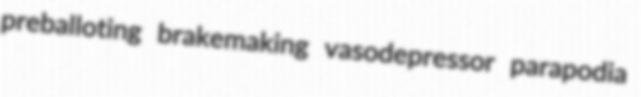
preballoting brakemaking vasodepressor parapodia